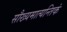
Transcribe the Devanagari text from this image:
सौख्यमात्यन्तिकं